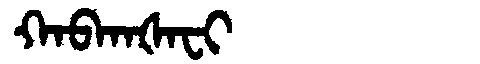
Manchu: ᡴᠠᠪᡴᠠᡧᠠᠸᡳ
Romanization: KABKAŠAFI